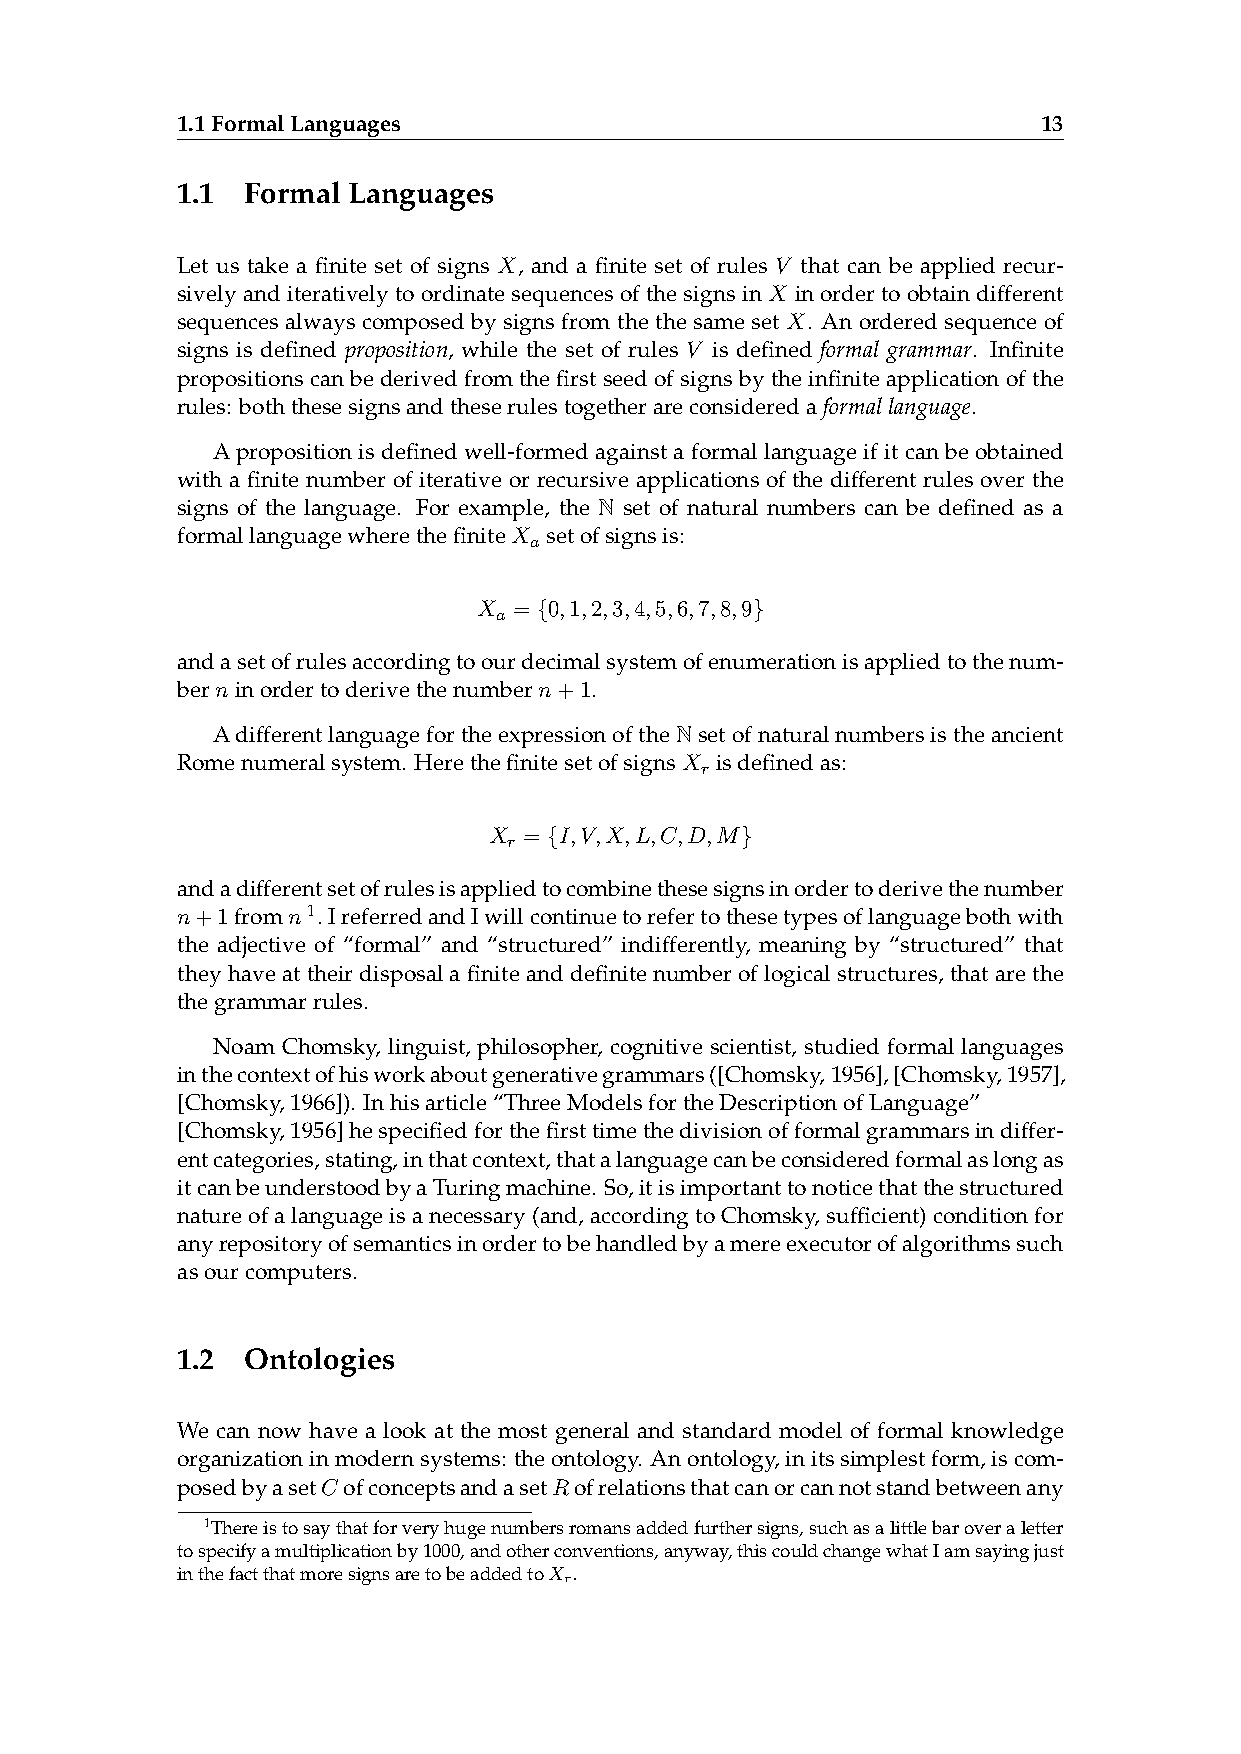
1.1FormalLanguages                                       13
 1.1 Formal Languages
 Let us take a finite set of signs X, and a finite set of rules V that can be applied recur-
 sivelyanditerativelytoordinatesequencesofthesignsinX inordertoobtaindifferent
 sequences always composed by signs from the the same set X. An ordered sequence of
 signs is defined proposition, while the set of rules V is defined formal grammar. Infinite
 propositionscan bederived fromthe firstseedof signsby theinfinite applicationofthe
 rules: boththesesignsandtheserulestogetherareconsideredaformallanguage.
 A proposition is defined well-formed against a formal language if it can be obtained
 with a finite number of iterative or recursive applications of the different rules over the
 N
 signs of the language. For example, the set of natural numbers can be defined as a
 formallanguagewherethefiniteX setofsignsis:
 a
 X = {0,1,2,3,4,5,6,7,8,9}
 a
 andasetofrulesaccordingtoourdecimalsystemofenumerationisappliedtothenum-
 berninordertoderivethenumbern+1.
 N
 Adifferentlanguagefortheexpressionofthe setofnaturalnumbersistheancient
 Romenumeralsystem. HerethefinitesetofsignsX isdefinedas:
 r
 X  = {I,V,X,L,C,D,M}
 r
 andadifferentsetofrulesisappliedtocombinethesesignsinordertoderivethenumber
 n+1fromn1. IreferredandIwillcontinuetorefertothesetypesoflanguagebothwith
 the adjective of “formal” and “structured” indifferently, meaning by “structured” that
 theyhaveattheirdisposalafiniteanddefinitenumberoflogicalstructures, thatarethe
 thegrammarrules.
 Noam Chomsky, linguist, philosopher, cognitive scientist, studied formal languages
 inthecontextofhisworkaboutgenerativegrammars([Chomsky,1956],[Chomsky,1957],
 [Chomsky,1966]). Inhisarticle“ThreeModelsfortheDescriptionofLanguage”
 [Chomsky,1956]hespecifiedforthefirsttimethedivisionofformalgrammarsindiffer-
 entcategories,stating,inthatcontext,thatalanguagecanbeconsideredformalaslongas
 itcanbeunderstoodbyaTuringmachine. So,itisimportanttonoticethatthestructured
 natureofalanguageisanecessary(and,accordingtoChomsky,sufficient)conditionfor
 anyrepositoryofsemanticsinordertobehandledbyamereexecutorofalgorithmssuch
 asourcomputers.
 1.2 Ontologies
 We can now have a look at the most general and standard model of formal knowledge
 organizationinmodernsystems: theontology. Anontology,initssimplestform,iscom-
 posedbyasetC ofconceptsandasetRofrelationsthatcanorcannotstandbetweenany
 1Thereistosaythatforveryhugenumbersromansaddedfurthersigns,suchasalittlebaroveraletter
 tospecifyamultiplicationby1000,andotherconventions,anyway,thiscouldchangewhatIamsayingjust
 inthefactthatmoresignsaretobeaddedtoX r.